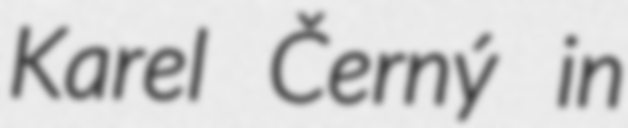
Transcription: Karel Černý in